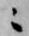
ニ